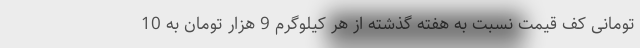
تومانی کف قیمت نسبت به هفته گذشته از هر کیلوگرم 9 هزار تومان به 10